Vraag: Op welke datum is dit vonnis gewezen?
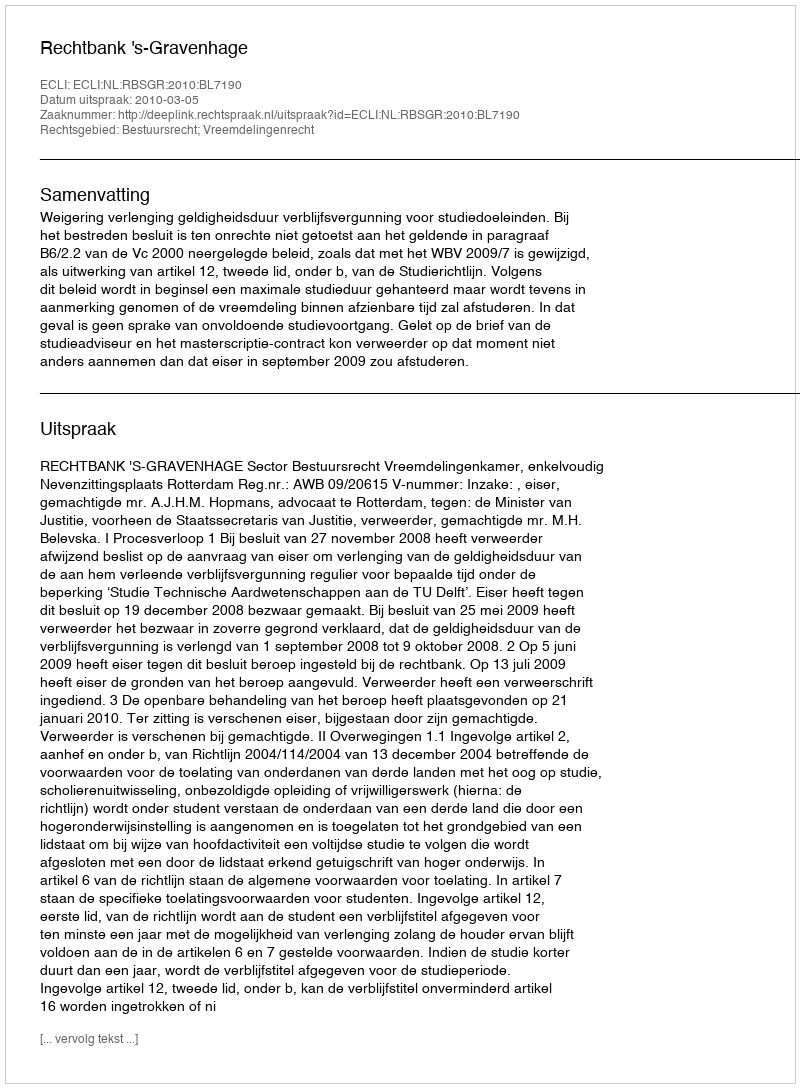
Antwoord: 2010-03-05